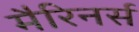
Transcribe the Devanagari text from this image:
मैरिनर्स